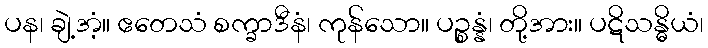
ပန၊ ချဲ့အံ့။ ဧတေသံ စက္ခာဒီနံ၊ ကုန်သော။ ပဉ္စန္နံ၊ တို့အား။ ပဋိသန္ဓိယံ၊